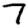
Digit: 7